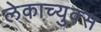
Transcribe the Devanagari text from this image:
लेकाच्युक्स